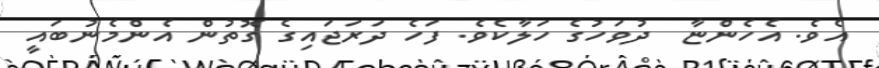
އެވެ. އެހެންޏާ  ދުވަހުގެ ހަލާކެވެ. ފަހެ ދަރަޖައިގެ ގޮތުން އެންމެނުބައީ